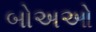
બોઅઓ